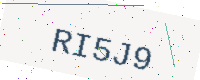
Text: RI5J9